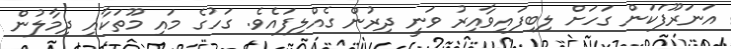
އަނަރޫފަކަން ގަހަށް ލިބިފައިވާއިރު ވަނީ ދިރުން ގެއްލިފައެވެ. ގަހުގެ މައި މޫތަކާއި ދިމާލުން